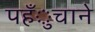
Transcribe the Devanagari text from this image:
पहँुचाने